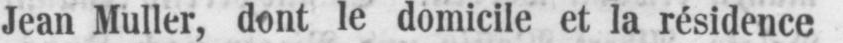
Jean Muller, dont le domicile et la résidence